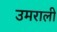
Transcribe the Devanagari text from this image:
उमराली